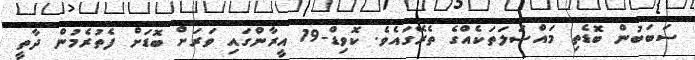
ސަބަބުން ބޮޑެތި މައްސަލަތަކެއްގެ ތެރޭގައެވެ. ކޮވިޑް-19 އީރާންގައި ވަރަށް ބޮޑަށް ފެތުރެމުން ދާތީ